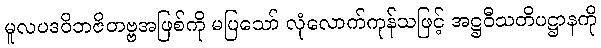
မူလပဒဝိဘဇိတဗ္ဗအဖြစ်ကို မပြသော် လုံလောက်ကုန်သဖြင့် အဋ္ဌဝီသတိပဋ္ဌာနကို